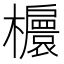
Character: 𣟴